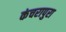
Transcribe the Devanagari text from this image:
कंचरापुरा